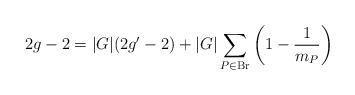
LaTeX: \begin{align*}2g-2=|G|(2g'-2)+|G|\sum\limits_{P\in \mathrm{Br}}\left(1-\frac{1}{m_P}\right)\end{align*}